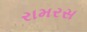
રામરસ